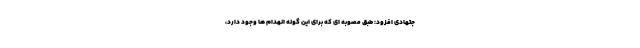
جتهادی افزود: طبق مصوبه ای که برای این گونه انهدام ها وجود دارد،